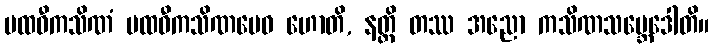
ပထဝီကသိဏံ ပထဝီကသိဏမေဝ ဟောတိ, နတ္ထိ တဿ အညော ကသိဏသမ္ဘေဒေါတိ။